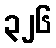
၃၂၆